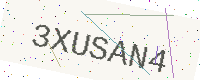
Text: 3XUSAN4